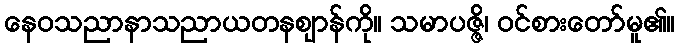
နေဝသညာနာသညာယတနဈာန်ကို။ သမာပဇ္ဇိ၊ ဝင်စားတော်မူ၏။